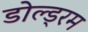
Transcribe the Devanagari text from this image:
डोल्ड्रम